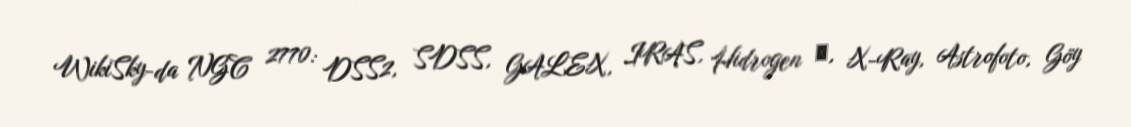
WikiSky-da NGC 2770: DSS2, SDSS, GALEX, IRAS, Hidrogen α, X-Ray, Astrofoto, Göy